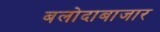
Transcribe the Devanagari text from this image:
बलोदाबाजार